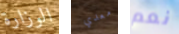
الوزارة معدي نعم